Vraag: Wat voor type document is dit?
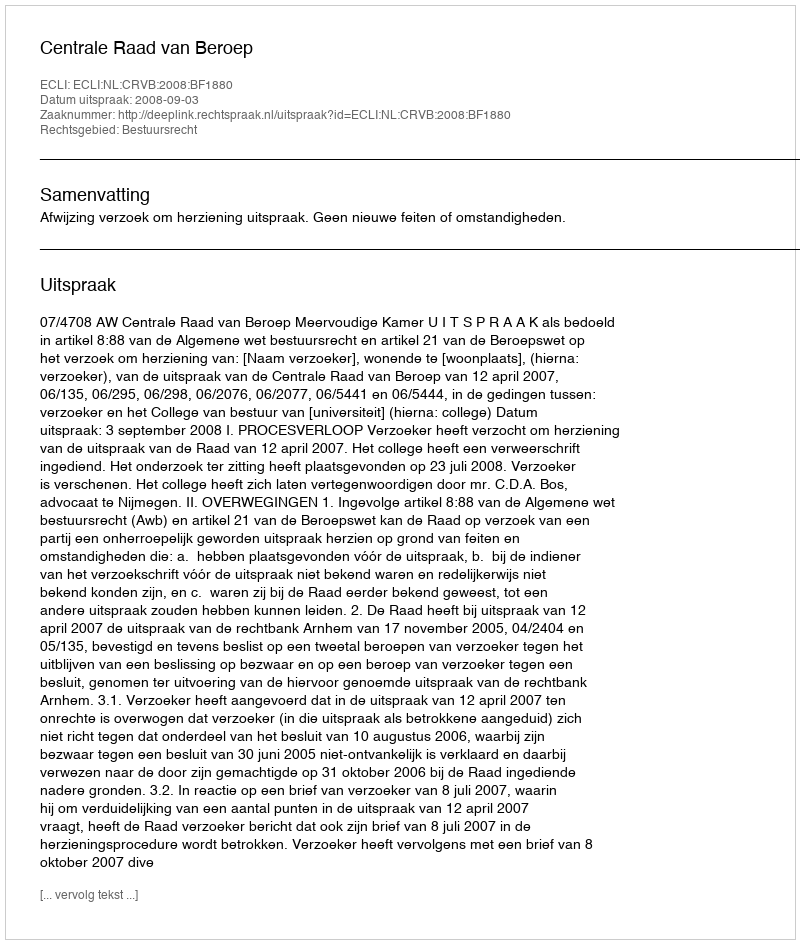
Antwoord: Uitspraak